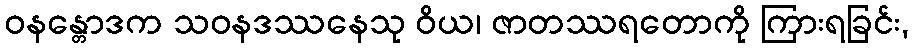
ဝနန္တောဒက သဝနဒဿနေသု ဝိယ၊ ဇာတဿရတောကို ကြားရခြင်း,